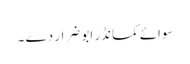
سوائے کمانڈر ابو ضرار دے ۔